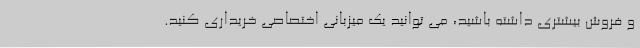
و فروش بیشتری داشته باشید، می توانید یک میزبانی اختصاصی خریداری کنید.